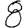
Digit: 8